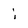
Character: i